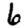
Digit: 6